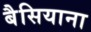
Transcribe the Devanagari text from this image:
बैसियाना